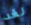
لقد